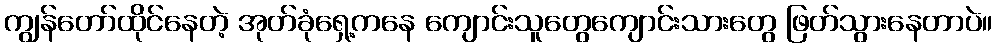
ကျွန်တော်ထိုင်နေတဲ့ အုတ်ခုံရှေ့ကနေ ကျောင်းသူတွေကျောင်းသားတွေ ဖြတ်သွားနေတာပဲ။